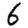
Digit: 6